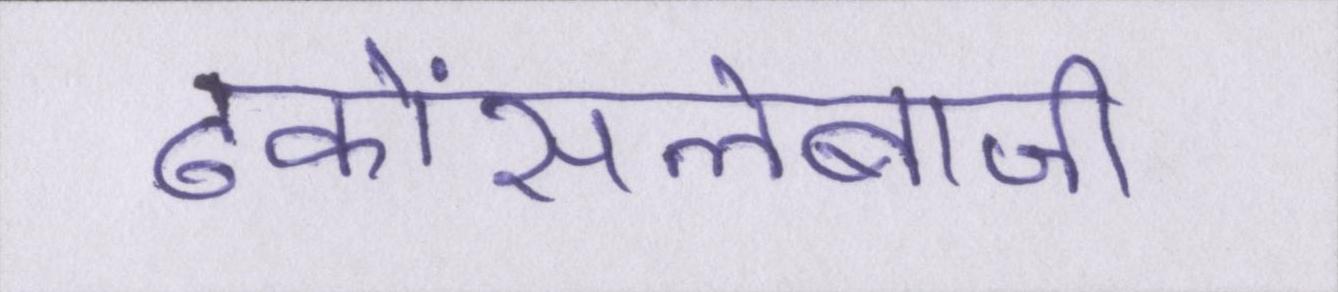
ढकोंसलेबाजी